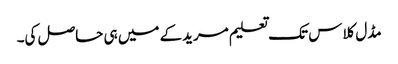
مڈل کلاس تک تعلیم مریدکے میں ہی حاصل کی۔